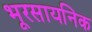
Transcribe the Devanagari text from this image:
भूरसायनिक